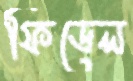
ফিডেল